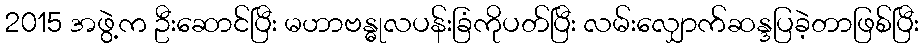
2015 အဖွဲ့က ဦးဆောင်ပြီး မဟာဗန္ဓုလပန်းခြံကိုပတ်ပြီး လမ်းလျှောက်ဆန္ဒပြခဲ့တာဖြစ်ပြီး